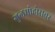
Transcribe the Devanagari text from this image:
गुलमोहोरावर